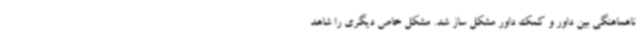
ناهماهنگی بین داور و کمک داور مشکل ساز شد. مشکل خاص دیگری را شاهد